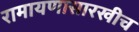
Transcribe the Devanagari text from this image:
रामायणासारखीच